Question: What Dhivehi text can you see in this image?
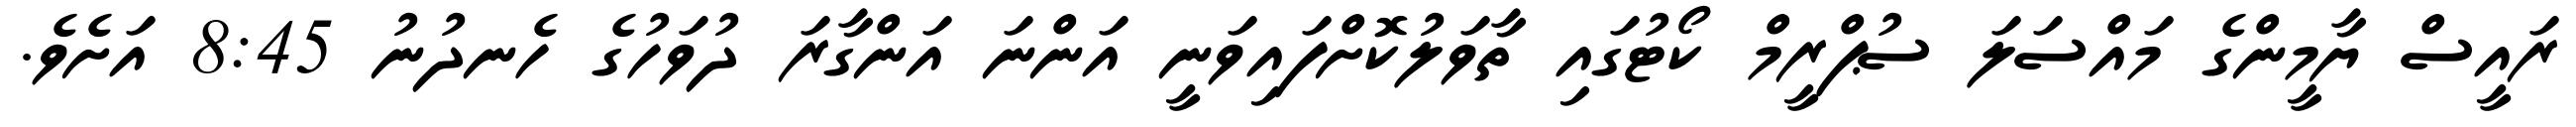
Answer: ރައީސް ޔާމީންގެ މައްސަލަ ސުޕްރީމް ކޯޓުގައި ތާވަލުކޮށްފައިވަނީ އަންނަ އަންގާރަ ދުވަހުގެ ހެނދުނު 8:45 އަށެވެ.